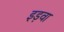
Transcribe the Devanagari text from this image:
इड़वा